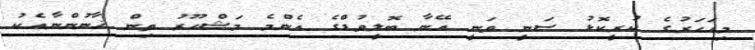
މިއަހަރުގެ ކުރީކޮޅު ސަނީ ވަނީ އޭނާ ބޮލީވުޑްގެ އެންމެ މަޝްހޫރު ތިން ޚާނުންނާއެކު